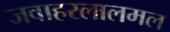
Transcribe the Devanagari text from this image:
जवाहरलालमल